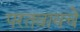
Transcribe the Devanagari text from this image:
परतवायचे